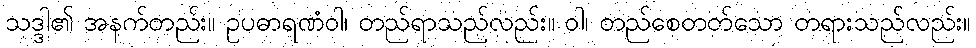
သဒ္ဒါ၏ အနက်တည်း။ ဥပဓာရဏံဝါ၊ တည်ရာသည်လည်း။ ဝါ၊ တည်စေတတ်သော တရားသည်လည်း။